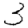
Digit: 3